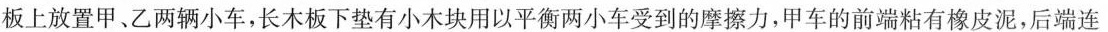
板上放置甲、乙两辆小车，长木板下垫有小木块用以平衡两小车受到的摩擦力，甲车的前端粘有橡皮泥，后端连